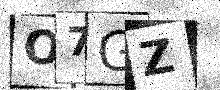
Text: O7GZ